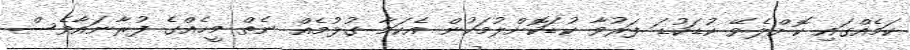
ކަމެއްގައި ކޮށްލެވޭ ކުޑަކުޑަ ފަރުވާ ކުޑަކޮށްލުމަކުން އެކަމާ ގުޅުމެއް ނެތް މީހެއްގެ ފުރާނައާވެސް